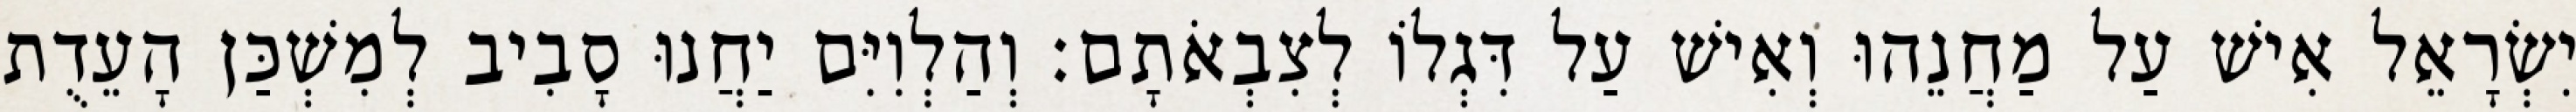
יִשְׂרָאֵל אִישׁ עַל מַחֲנֵהוּ וְאִישׁ עַל דִּגְלוֹ לְצִבְאֹתָם׃ וְהַלְוִיִּם יַחֲנוּ סָבִיב לְמִשְׁכַּן הָעֵדֻת